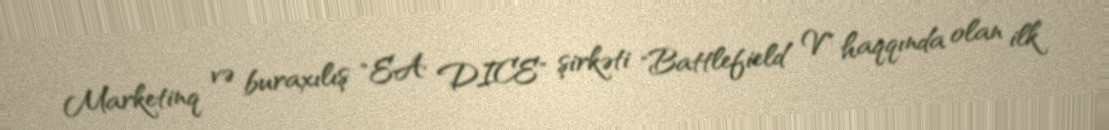
Marketinq və buraxılış "EA DICE" şirkəti "Battlefield V" haqqında olan ilk